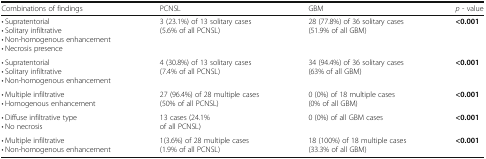
<table><thead><tr><td><b>Combinations of findings</b></td><td><b>PCNSL</b></td><td><b>GBM</b></td><td><b><i>p</i> - value</b></td></tr></thead><tbody><tr><td>• Supratentorial• Solitary infiltrative• Non-homogenous enhancement• Necrosis presence</td><td>3 (23.1%) of 13 solitary cases(5.6% of all PCNSL)</td><td>28 (77.8%) of 36 solitary cases(51.9% of all GBM)</td><td><b>&lt;0.001</b></td></tr><tr><td>• Supratentorial• Solitary infiltrative• Non-homogenous enhancement</td><td>4 (30.8%) of 13 solitary cases(7.4% of all PCNSL)</td><td>34 (94.4%) of 36 solitary cases(63% of all GBM)</td><td><b>&lt;0.001</b></td></tr><tr><td>• Multiple infiltrative• Homogenous enhancement</td><td>27 (96.4%) of 28 multiple cases(50% of all PCNSL)</td><td>0 (0%) of 18 multiple cases(0% of all GBM)</td><td><b>&lt;0.001</b></td></tr><tr><td>• Diffuse infiltrative type• No necrosis</td><td>13 cases (24.1%of all PCNSL)</td><td>0 (0%) of all GBM cases</td><td><b>&lt;0.001</b></td></tr><tr><td>• Multiple infiltrative• Non-homogenous enhancement</td><td>1(3.6%) of 28 multiple cases(1.9% of all PCNSL)</td><td>18 (100%) of 18 multiple cases(33.3% of all GBM)</td><td><b>&lt;0.001</b></td></tr></tbody></table>